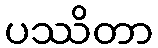
ပဿိတာ